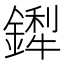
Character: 𬬁